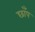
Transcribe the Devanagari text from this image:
छाँप